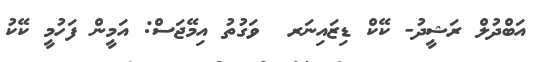
އަބްދުލް ރަޝީދު- ކޭކް ޑިޒައިނަރ  ވަގުތު އިމޭޖަސް: އަމީން ފަހުމީ ކޭކު